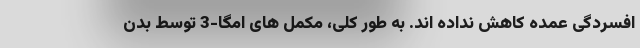
افسردگی عمده کاهش نداده اند. به طور کلی، مکمل های امگا-3 توسط بدن